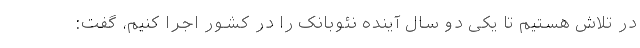
در تلاش هستیم تا یکی دو سال آینده نئوبانک را در کشور اجرا کنیم، گفت: